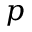
p